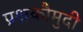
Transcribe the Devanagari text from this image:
प्रश्नकौमुदी